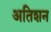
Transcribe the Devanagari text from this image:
अतिशन